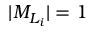
\vert M _ { L _ { i } } \vert = 1